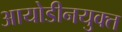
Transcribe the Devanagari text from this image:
आयोडीनयुक्त